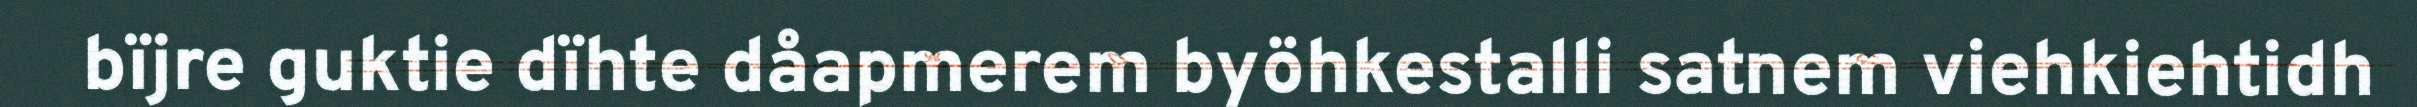
bïjre guktie dïhte dåapmerem byöhkestalli satnem viehkiehtidh